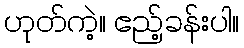
ဟုတ်ကဲ့။ ဧည့်ခန်းပါ။